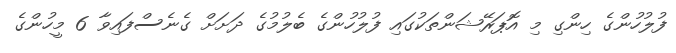
ފުލުހުންގެ ހިންގި މި އޮޕަރޭޝަންތަކުގައި ފުލުހުންގެ ބެލުމުގެ ދަށަށް ގެނެސްފައިވާ 6 މީހުންގެ